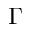
\Gamma